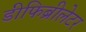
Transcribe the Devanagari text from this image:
डीफिब्रीलेटर